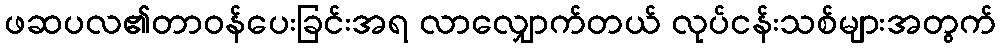
ဖဆပလ၏တာဝန်ပေးခြင်းအရ လာလျှောက်တယ် လုပ်ငန်းသစ်များအတွက်